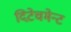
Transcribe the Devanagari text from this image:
दिटेचमेन्ट